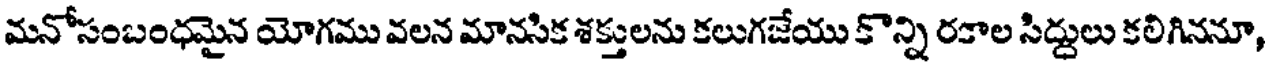
మనోసంబంధమైన యోగము వలన మానసిక శక్తులను కలుగజేయు కొన్ని రకాల సిద్దులు కలిగిననూ,